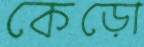
কেড়ো